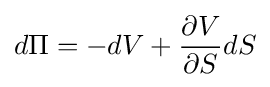
d\Pi =-dV+{\frac {\partial V}{\partial S}}dS